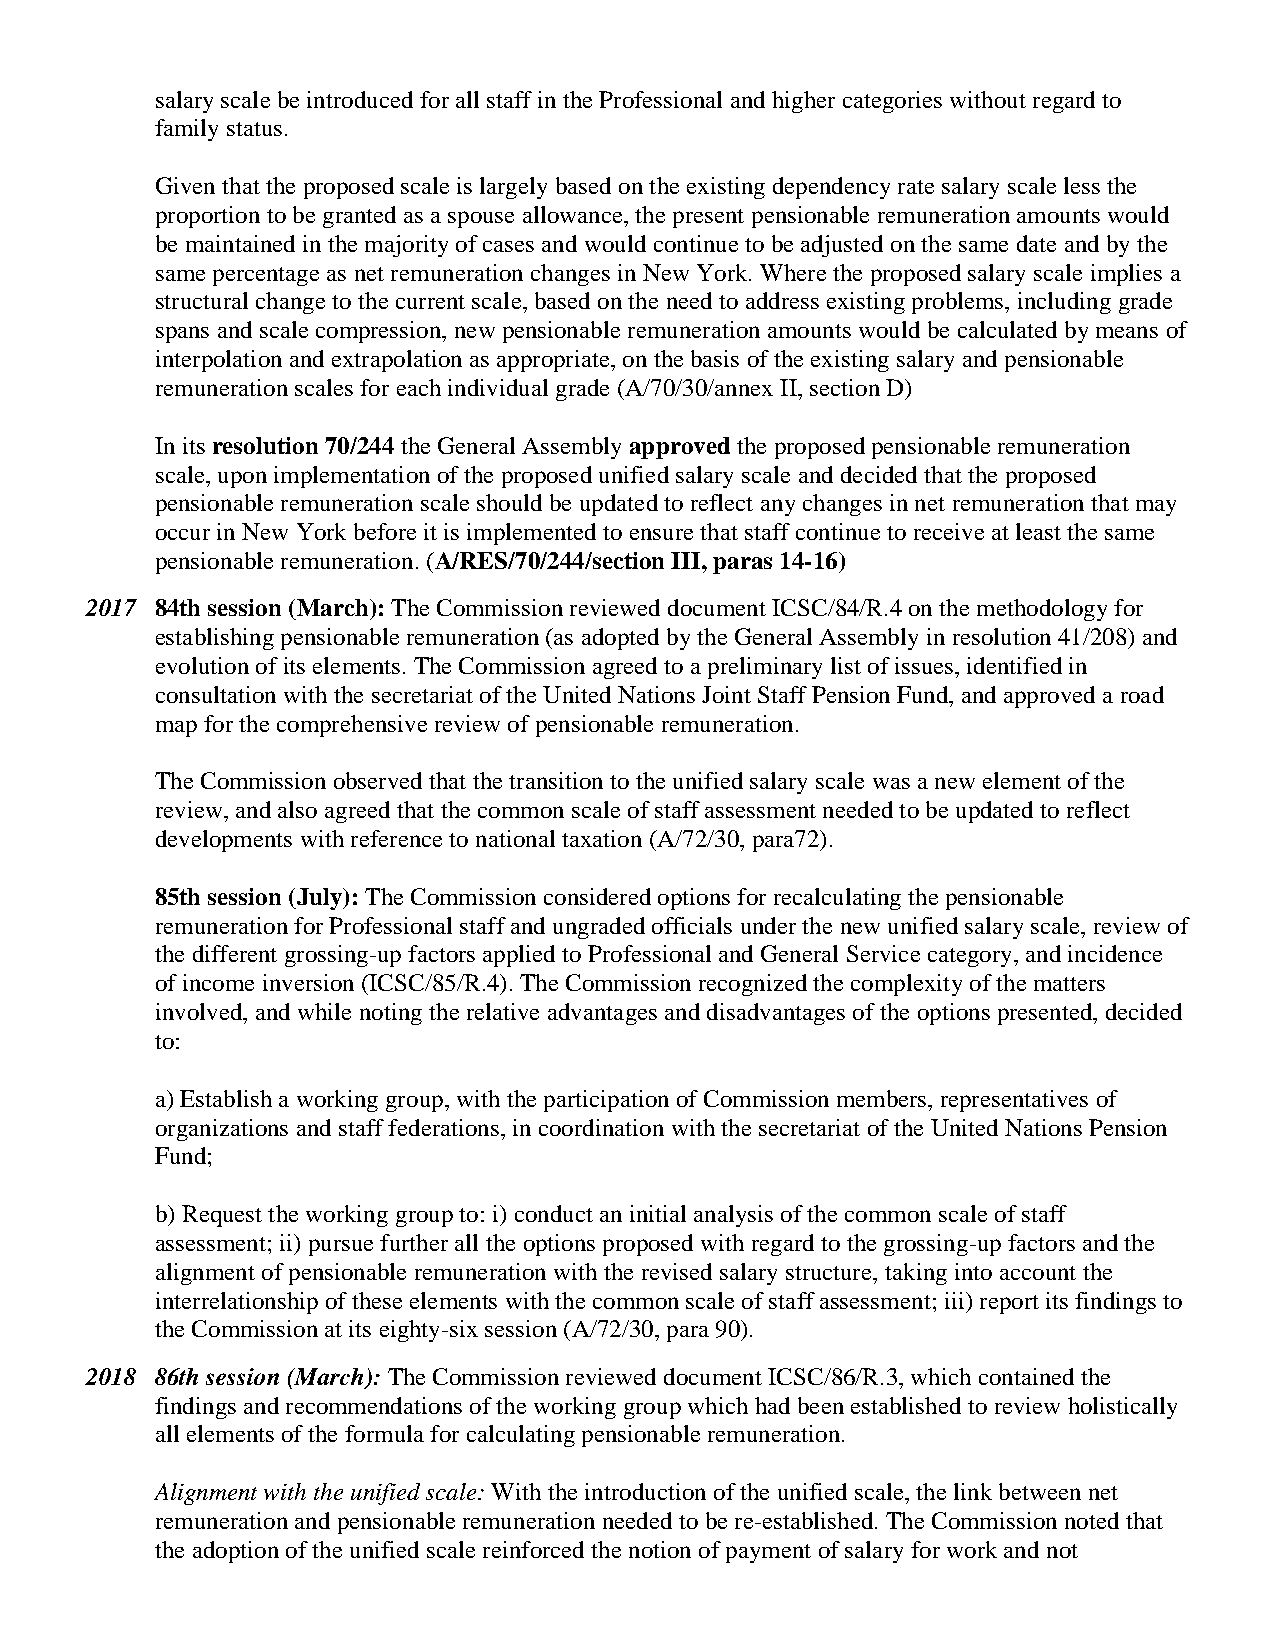
salary scale be introduced for all staff in the Professional and higher categories without regard to
 family status.
 Given that the proposed scale is largely based on the existing dependency rate salary scale less the
 proportion to be granted as a spouse allowance, the present pensionable remuneration amounts would
 be maintained in the majority of cases and would continue to be adjusted on the same date and by the
 same percentage as net remuneration changes in New York. Where the proposed salary scale implies a
 structural change to the current scale, based on the need to address existing problems, including grade
 spans and scale compression, new pensionable remuneration amounts would be calculated by means of
 interpolation and extrapolation as appropriate, on the basis of the existing salary and pensionable
 remuneration scales for each individual grade (A/70/30/annex II, section D)
 In its resolution 70/244 the General Assembly approved the proposed pensionable remuneration
 scale, upon implementation of the proposed unified salary scale and decided that the proposed
 pensionable remuneration scale should be updated to reflect any changes in net remuneration that may
 occur in New York before it is implemented to ensure that staff continue to receive at least the same
 pensionable remuneration. (A/RES/70/244/section III, paras 14-16)
 2017 84th session (March): The Commission reviewed document ICSC/84/R.4 on the methodology for
 establishing pensionable remuneration (as adopted by the General Assembly in resolution 41/208) and
 evolution of its elements. The Commission agreed to a preliminary list of issues, identified in
 consultation with the secretariat of the United Nations Joint Staff Pension Fund, and approved a road
 map for the comprehensive review of pensionable remuneration.
 The Commission observed that the transition to the unified salary scale was a new element of the
 review, and also agreed that the common scale of staff assessment needed to be updated to reflect
 developments with reference to national taxation (A/72/30, para72).
 85th session (July): The Commission considered options for recalculating the pensionable
 remuneration for Professional staff and ungraded officials under the new unified salary scale, review of
 the different grossing-up factors applied to Professional and General Service category, and incidence
 of income inversion (ICSC/85/R.4). The Commission recognized the complexity of the matters
 involved, and while noting the relative advantages and disadvantages of the options presented, decided
 to:
 a) Establish a working group, with the participation of Commission members, representatives of
 organizations and staff federations, in coordination with the secretariat of the United Nations Pension
 Fund;
 b) Request the working group to: i) conduct an initial analysis of the common scale of staff
 assessment; ii) pursue further all the options proposed with regard to the grossing-up factors and the
 alignment of pensionable remuneration with the revised salary structure, taking into account the
 interrelationship of these elements with the common scale of staff assessment; iii) report its findings to
 the Commission at its eighty-six session (A/72/30, para 90).
 2018 86th session (March): The Commission reviewed document ICSC/86/R.3, which contained the
 findings and recommendations of the working group which had been established to review holistically
 all elements of the formula for calculating pensionable remuneration.
 Alignment with the unified scale: With the introduction of the unified scale, the link between net
 remuneration and pensionable remuneration needed to be re-established. The Commission noted that
 the adoption of the unified scale reinforced the notion of payment of salary for work and not